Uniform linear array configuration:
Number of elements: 8
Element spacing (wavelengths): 0.25
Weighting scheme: kaiser
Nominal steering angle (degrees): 60
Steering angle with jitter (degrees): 58.647
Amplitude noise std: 0.05
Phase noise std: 0.05

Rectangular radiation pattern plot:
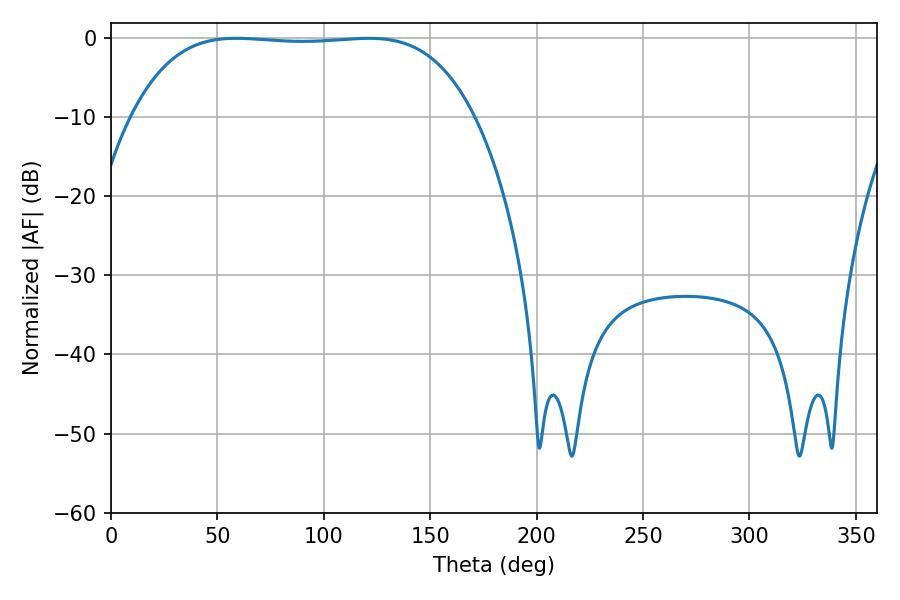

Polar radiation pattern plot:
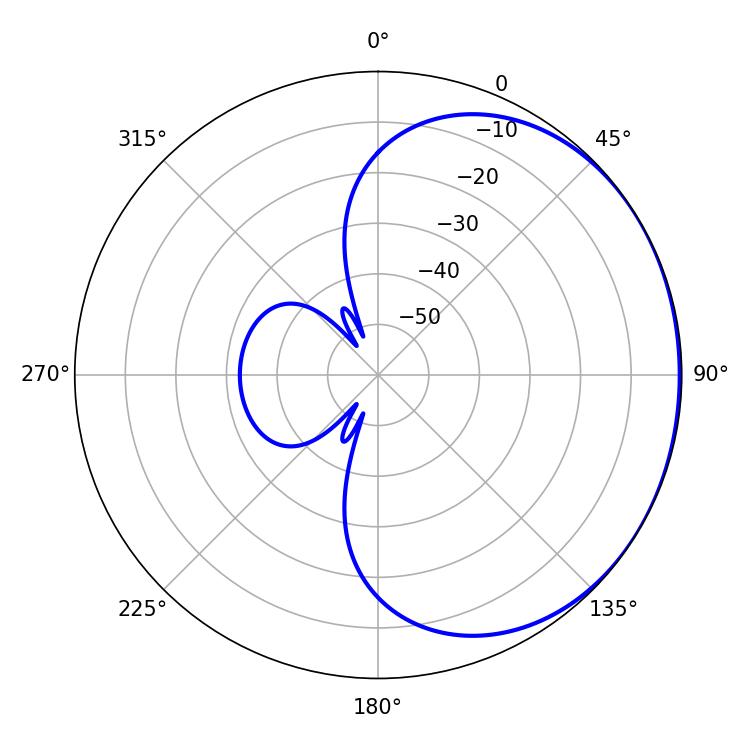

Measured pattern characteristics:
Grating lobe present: FALSE
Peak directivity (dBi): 0.7404
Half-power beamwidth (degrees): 125.28
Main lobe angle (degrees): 58.86